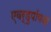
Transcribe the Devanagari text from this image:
एवर्डुपॉयज़ा